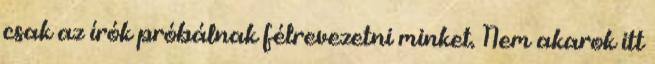
csak az írók próbálnak félrevezetni minket. Nem akarok itt